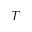
T